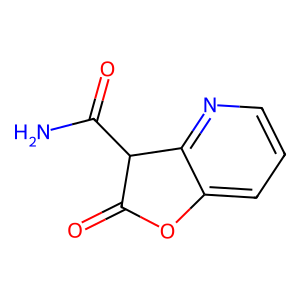
SMILES: NC(=O)C1C(=O)Oc2cccnc21
Inhibits HIV replication: No